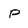
Character: p